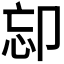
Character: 𠨛